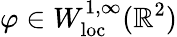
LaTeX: \varphi\in W_{\mathrm{loc}}^{1,\infty}(\mathbb{R}^{2})